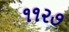
૧૧૨૭